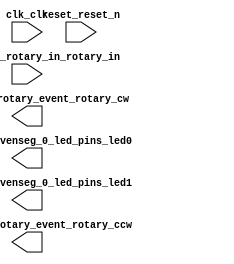

module rotary_hex (
	clk_clk,
	eightbitstosevenseg_0_led_pins_led0,
	eightbitstosevenseg_0_led_pins_led1,
	reset_reset_n,
	rotaryctl_0_rotary_event_rotary_cw,
	rotaryctl_0_rotary_event_rotary_ccw,
	rotaryctl_0_rotary_in_rotary_in);	

	input		clk_clk;
	output	[6:0]	eightbitstosevenseg_0_led_pins_led0;
	output	[6:0]	eightbitstosevenseg_0_led_pins_led1;
	input		reset_reset_n;
	output		rotaryctl_0_rotary_event_rotary_cw;
	output		rotaryctl_0_rotary_event_rotary_ccw;
	input	[1:0]	rotaryctl_0_rotary_in_rotary_in;
endmodule